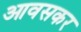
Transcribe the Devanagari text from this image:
आवसकर